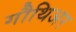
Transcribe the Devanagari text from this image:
गौथिअर